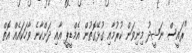
"ރައީސް ނަޝީދު މިނިވަން ކުރުމާއި ގުޅޭގޮތުން އެމްޑީޕީ އާއި ދަށްކާނެ ވާހަކައެއް އޮތް